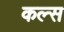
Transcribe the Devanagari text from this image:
कल्स